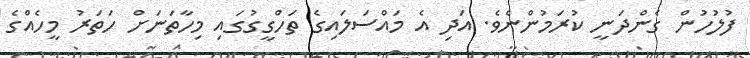
ފުލުހުން ގެންދަނީ ކުރަމުންނެވެ. އަދި އެ މައްސަލައިގެ ތަހްގީގުގައި މިހާތަނަށް ހަތަރު މީހެއްގެ